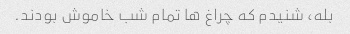
بله، شنیدم که چراغ ها تمام شب خاموش بودند.